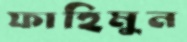
ফাহিমুন